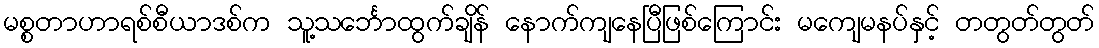
မစ္စတာဟာရစ်စီယာဒစ်က သူ့သင်္ဘောထွက်ချိန် နောက်ကျနေပြီဖြစ်ကြောင်း မကျေမနပ်နှင့် တတွတ်တွတ်